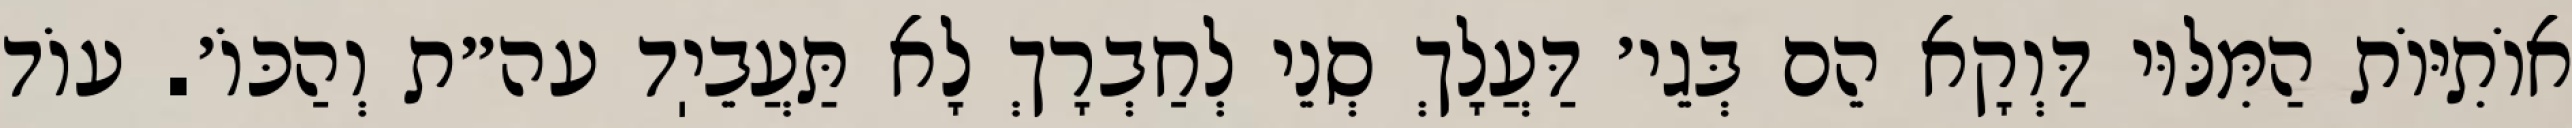
אוֹתִיּוֹת הַמִּלּוּי דַּוְקָא הֵם בְּגֵי׳ דַּעֲלָךְ סְנֵי לְחַבְרָךְ לָא תַּעֲבֵיֽד עה״ת וְהַכּוֹ׳. עוֹד